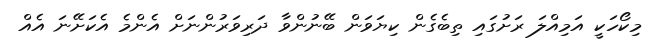
މިކޯހަކީ އަމިއްލަ ރަށުގައި ތިބެގެން ކިޔަވަން ބޭނުންވާ ދަރިވަރުންނަށް އެންމެ އެކަށޭނަ އެއް